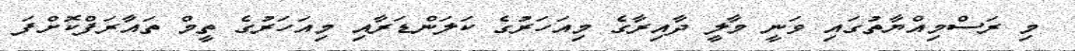
މި ރަސްމިއްޔާތުގައި ވަނީ މާލީ ދާއިރާގެ މިއަހަރުގެ ކަލަންޑަރާއި މިއަހަރުގެ ތީމް ތައާރަފްކޮށްފަ